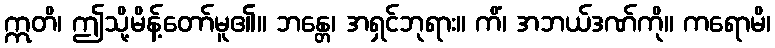
ဣတိ၊ ဤသို့မိန့်တော်မူ၏။ ဘန္တေ၊ အရှင်ဘုရား။ ကိံ၊ အဘယ်ဒဏ်ကို။ ကရောမိ၊